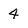
Character: 4